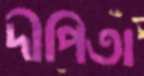
দীপিতা